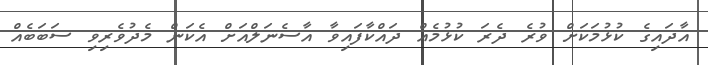
އާދައިގެ ކުޅުމަކަށް ވުރެ ދެރަ ކުޅުމެއް ދައްކާފައިވާ އާސެނަލްއަށް އެކަން މެދުވެރިވި ސަބަބެއް